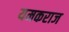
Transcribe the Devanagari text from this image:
यमकराज